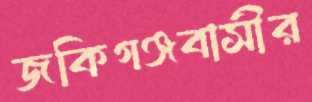
জকিগঞ্জবাসীর